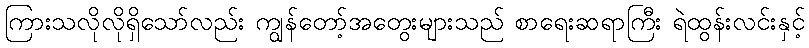
ကြားသလိုလိုရှိသော်လည်း ကျွန်တော့်အတွေးများသည် စာရေးဆရာကြီး ရဲထွန်းလင်းနှင့်